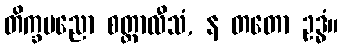
တိက္ခပညော စတ္တာလီသံ, န တတော ဥဒ္ဓံ။